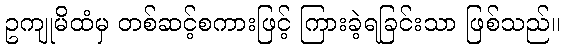
ဥကျုမိထံမှ တစ်ဆင့်စကားဖြင့် ကြားခဲ့ရခြင်းသာ ဖြစ်သည်။